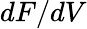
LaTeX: dF/dV